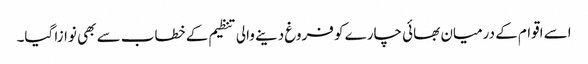
اسے اقوام کے درمیان بھائی چارے کو فروغ دینے والی تنظیم کے خطاب سے بھی نوازا گیا۔